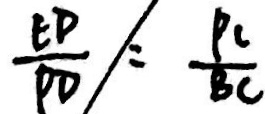
\frac { E D } { P D } / = \frac { P C } { B C }